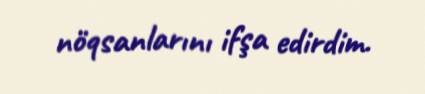
nöqsanlarını ifşa edirdim.